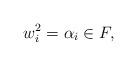
LaTeX: \begin{align*}w_i^2=\alpha_i\in F,\end{align*}